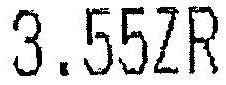
3.55ZR